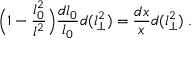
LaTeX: \Big ( 1 - { \frac { l _ { 0 } ^ { 2 } } { l ^ { 2 } } } \Big ) { \frac { d l _ { 0 } } { l _ { 0 } } } d ( l _ { \perp } ^ { 2 } ) = { \frac { d x } { x } } d ( l _ { \perp } ^ { 2 } ) \; .